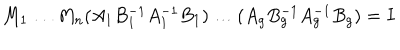
M _ { 1 } \ldots M _ { n } ( A _ { 1 } B _ { 1 } ^ { - 1 } A _ { 1 } ^ { - 1 } B _ { 1 } ) \ldots ( A _ { g } B _ { g } ^ { - 1 } A _ { g } ^ { - 1 } B _ { g } ) = I